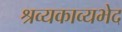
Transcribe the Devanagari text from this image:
श्रव्यकाव्यभेद